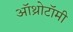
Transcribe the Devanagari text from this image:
ऑथ्रोटॉमी